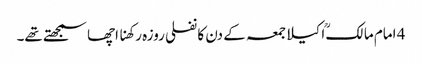
4 امام مالکؒ اکیلاجمعہ کے دن کا نفلی روزہ رکھنا اچھا سمجھتے تھے۔